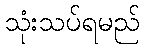
သုံးသပ်ရမည်